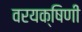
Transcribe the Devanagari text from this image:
वरयक्षिणी